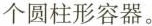
个圆柱形容器。